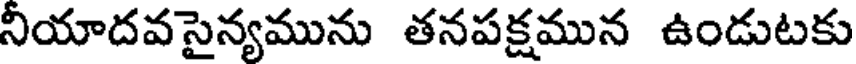
నియాదవసైన్యమును తనపక్షమున ఉండుటకు